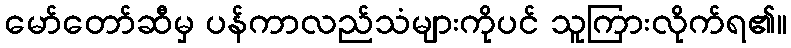
မော်တော်ဆီမှ ပန်ကာလည်သံများကိုပင် သူကြားလိုက်ရ၏။